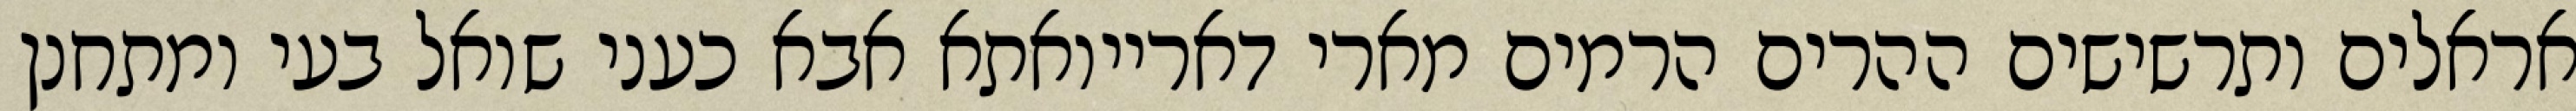
אראלים ותרשישים ההרים הרמים מארי דארייואתא אבא כעני שואל בעי ומתחנן